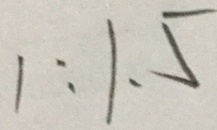
1 : 1 . 5